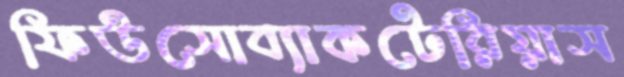
ফিউসোব্যাকটেরিয়াস